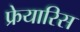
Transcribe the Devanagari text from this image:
फ्रेयारिस